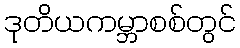
ဒုတိယကမ္ဘာစစ်တွင်